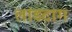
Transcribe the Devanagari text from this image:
लांडटाग